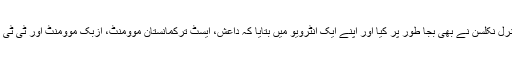
اس کا اقرار افغانستان میں نیٹو فوج کے سربراہ جنرل نکلسن نے بھی بجا طور پر کیا اور اپنے ایک انٹرویو میں بتایا کہ داعش، ایسٹ ترکمانستان موومنٹ، ازبک موومنٹ اور ٹی ٹی پی کے درمیان غیر رسمی اتحاد وجود پاچکا ہے ۔